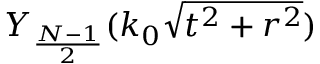
Y _ { \frac { N - 1 } { 2 } } ( k _ { 0 } \sqrt { t ^ { 2 } + r ^ { 2 } } )